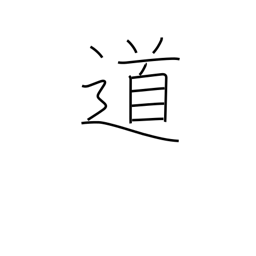
Meaning: road-way